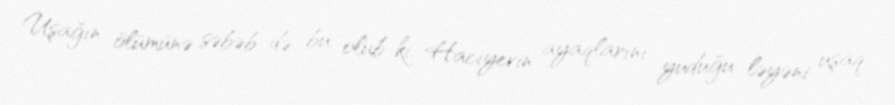
Uşağın ölümünə səbəb də bu olub ki, Hacıyevin ayaqlarını yuduğu ləyəni uşaq